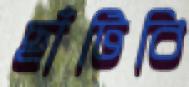
ছাঁটিবি